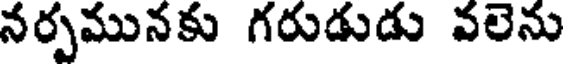
నర్పమునకు గరుడుడు వలెను